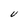
Character: V